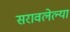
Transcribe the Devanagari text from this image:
सरावलेल्या